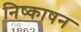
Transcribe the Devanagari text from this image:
निष्काषन